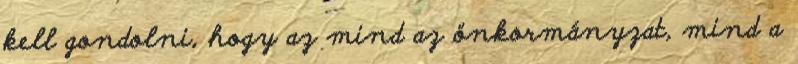
kell gondolni, hogy az mind az önkormányzat, mind a